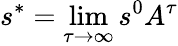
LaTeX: s^{*}=\operatorname*{lim}_{\tau\to\infty}s^{0}A^{\tau}